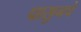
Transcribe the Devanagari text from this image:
पासुनचे